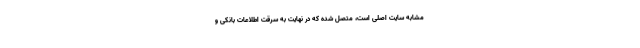
مشابه سایت اصلی است، متصل شده که در نهایت به سرقت اطلاعات بانکی و